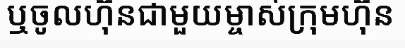
ឬចូលហ៊ុនជាមួយម្ចាស់ក្រុមហ៊ុន